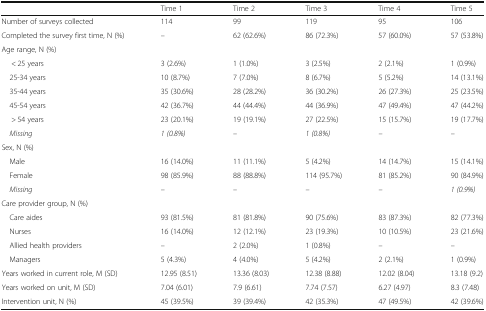
<table><thead><tr><td></td><td><b>Time 1</b></td><td><b>Time 2</b></td><td><b>Time 3</b></td><td><b>Time 4</b></td><td><b>Time 5</b></td></tr></thead><tbody><tr><td>Number of surveys collected</td><td>114</td><td>99</td><td>119</td><td>95</td><td>106</td></tr><tr><td>Completed the survey first time, N (%)</td><td>–</td><td>62 (62.6%)</td><td>86 (72.3%)</td><td>57 (60.0%)</td><td>57 (53.8%)</td></tr><tr><td colspan="6">Age range, N (%)</td></tr><tr><td>&lt; 25 years</td><td>3 (2.6%)</td><td>1 (1.0%)</td><td>3 (2.5%)</td><td>2 (2.1%)</td><td>1 (0.9%)</td></tr><tr><td> 25-34 years</td><td>10 (8.7%)</td><td>7 (7.0%)</td><td>8 (6.7%)</td><td>5 (5.2%)</td><td>14 (13.1%)</td></tr><tr><td> 35-44 years</td><td>35 (30.6%)</td><td>28 (28.2%)</td><td>36 (30.2%)</td><td>26 (27.3%)</td><td>25 (23.5%)</td></tr><tr><td> 45-54 years</td><td>42 (36.7%)</td><td>44 (44.4%)</td><td>44 (36.9%)</td><td>47 (49.4%)</td><td>47 (44.2%)</td></tr><tr><td>&gt; 54 years</td><td>23 (20.1%)</td><td>19 (19.1%)</td><td>27 (22.5%)</td><td>15 (15.7%)</td><td>19 (17.7%)</td></tr><tr><td> <i>Missing</i></td><td><i>1 (0.8%)</i></td><td><i>–</i></td><td><i>1 (0.8%)</i></td><td><i>–</i></td><td><i>–</i></td></tr><tr><td colspan="6">Sex, N (%)</td></tr><tr><td> Male</td><td>16 (14.0%)</td><td>11 (11.1%)</td><td>5 (4.2%)</td><td>14 (14.7%)</td><td>15 (14.1%)</td></tr><tr><td> Female</td><td>98 (85.9%)</td><td>88 (88.8%)</td><td>114 (95.7%)</td><td>81 (85.2%)</td><td>90 (84.9%)</td></tr><tr><td> <i>Missing</i></td><td><i>–</i></td><td><i>–</i></td><td><i>–</i></td><td><i>–</i></td><td><i>1 (0.9%)</i></td></tr><tr><td colspan="6">Care provider group, N (%)</td></tr><tr><td> Care aides</td><td>93 (81.5%)</td><td>81 (81.8%)</td><td>90 (75.6%)</td><td>83 (87.3%)</td><td>82 (77.3%)</td></tr><tr><td> Nurses</td><td>16 (14.0%)</td><td>12 (12.1%)</td><td>23 (19.3%)</td><td>10 (10.5%)</td><td>23 (21.6%)</td></tr><tr><td> Allied health providers</td><td>–</td><td>2 (2.0%)</td><td>1 (0.8%)</td><td>–</td><td>–</td></tr><tr><td> Managers</td><td>5 (4.3%)</td><td>4 (4.0%)</td><td>5 (4.2%)</td><td>2 (2.1%)</td><td>1 (0.9%)</td></tr><tr><td>Years worked in current role, M (SD)</td><td>12.95 (8.51)</td><td>13.36 (8.03)</td><td>12.38 (8.88)</td><td>12.02 (8.04)</td><td>13.18 (9.2)</td></tr><tr><td>Years worked on unit, M (SD)</td><td>7.04 (6.01)</td><td>7.9 (6.61)</td><td>7.74 (7.57)</td><td>6.27 (4.97)</td><td>8.3 (7.48)</td></tr><tr><td>Intervention unit, N (%)</td><td>45 (39.5%)</td><td>39 (39.4%)</td><td>42 (35.3%)</td><td>47 (49.5%)</td><td>42 (39.6%)</td></tr></tbody></table>